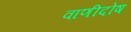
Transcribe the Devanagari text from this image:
वाणीदोष